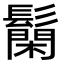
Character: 𮫐